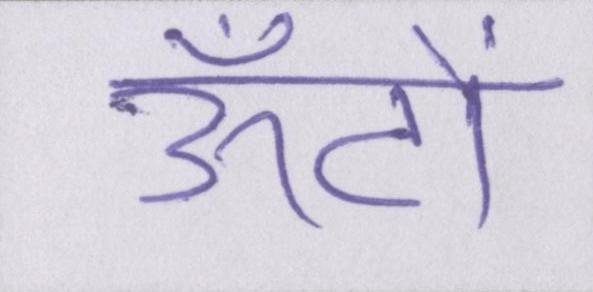
ऊँटों